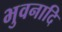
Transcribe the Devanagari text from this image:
भुवनादि